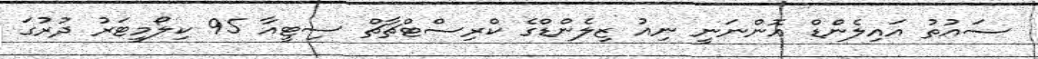
ސައުތު އައިލެންޑް އޮންނަނީ ނިއު ޒިލެންޑްގެ ކްރިސްޓްޗާޗް ސިޓީއާ 95 ކިލޯމީޓަރު ދުރުގަ